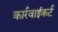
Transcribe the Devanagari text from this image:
कार्रवाईकर्ट